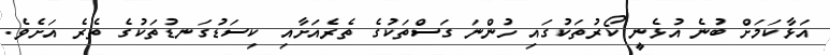
އަޅާކަމަށް ބުނެ އުޅެނީ ކޯރުތަކުގައި ހުންނަ ގަސްތަކުގެ ތެރެއަށާއި ކިސަޑުގަނޑުތަކުގެ ތެރެ އަށެވެ.